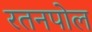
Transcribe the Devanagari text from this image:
रतनपोल